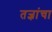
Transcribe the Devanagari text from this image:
तज्ञांचा